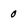
Character: 0